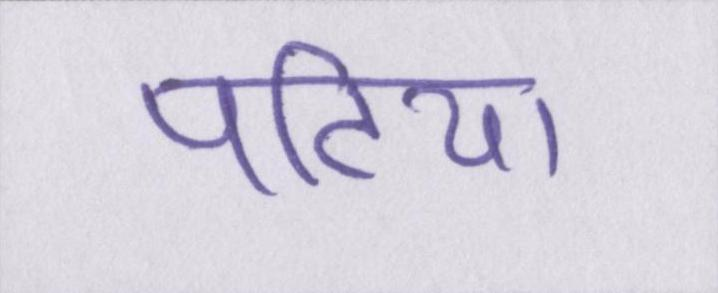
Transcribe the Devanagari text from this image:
पटिया